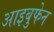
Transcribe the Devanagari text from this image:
आइबुफेन